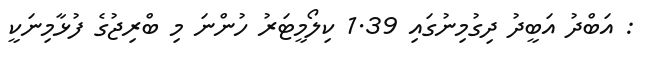
: އަބްދު އަބީދު ދިގުމިނުގައި 1.39 ކިލޯމީޓަރު ހުންނަ މި ބްރިޖުގެ ފުޅާމިނަކީ